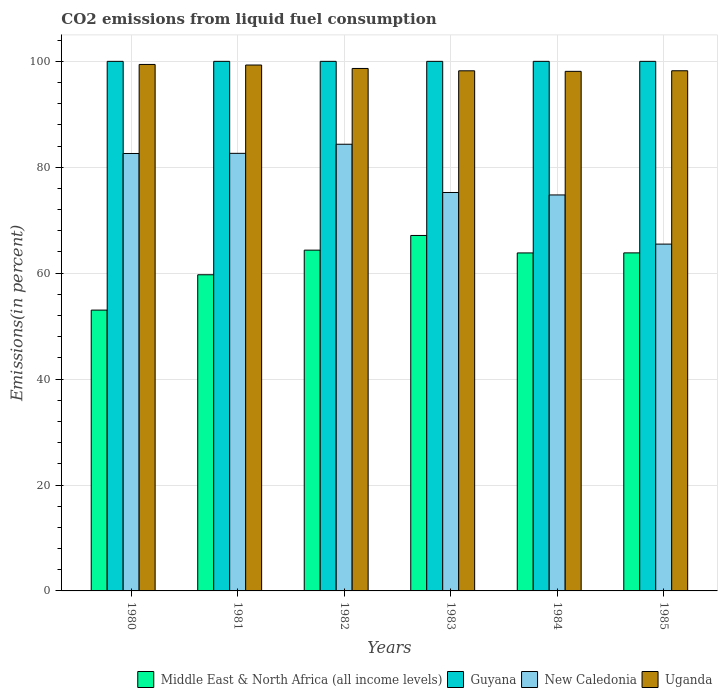
| Years | Middle East & North Africa (all income levels) | Guyana | New Caledonia | Uganda |
 | --- | --- | --- | --- | --- |
 | 1980 | 53 | 100 | 82.6 | 99.4 |
 | 1981 | 59.7 | 100 | 82.6 | 99.3 |
 | 1982 | 64.3 | 100 | 84.3 | 98.7 |
 | 1983 | 67.1 | 100 | 75.2 | 98.2 |
 | 1984 | 63.8 | 100 | 74.8 | 98.1 |
 | 1985 | 63.8 | 100 | 65.5 | 98.2 |